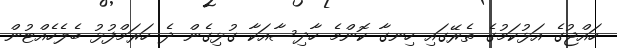
ހައްޖުގެ އަޅުކަމުގެ ތެރޭގައި ހިނގާ ކޮންމެ ހާދިސާއަކާ ގުޅިގެން ދެ ހަރަމްފުޅު ބެލެހެއްޓުން